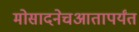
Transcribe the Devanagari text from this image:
मोसादनेचआतापर्यंत